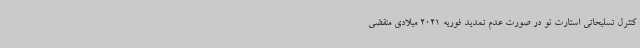
کنترل تسلیحاتی استارت نو در صورت عدم تمدید فوریه 2021 میلادی منقضی